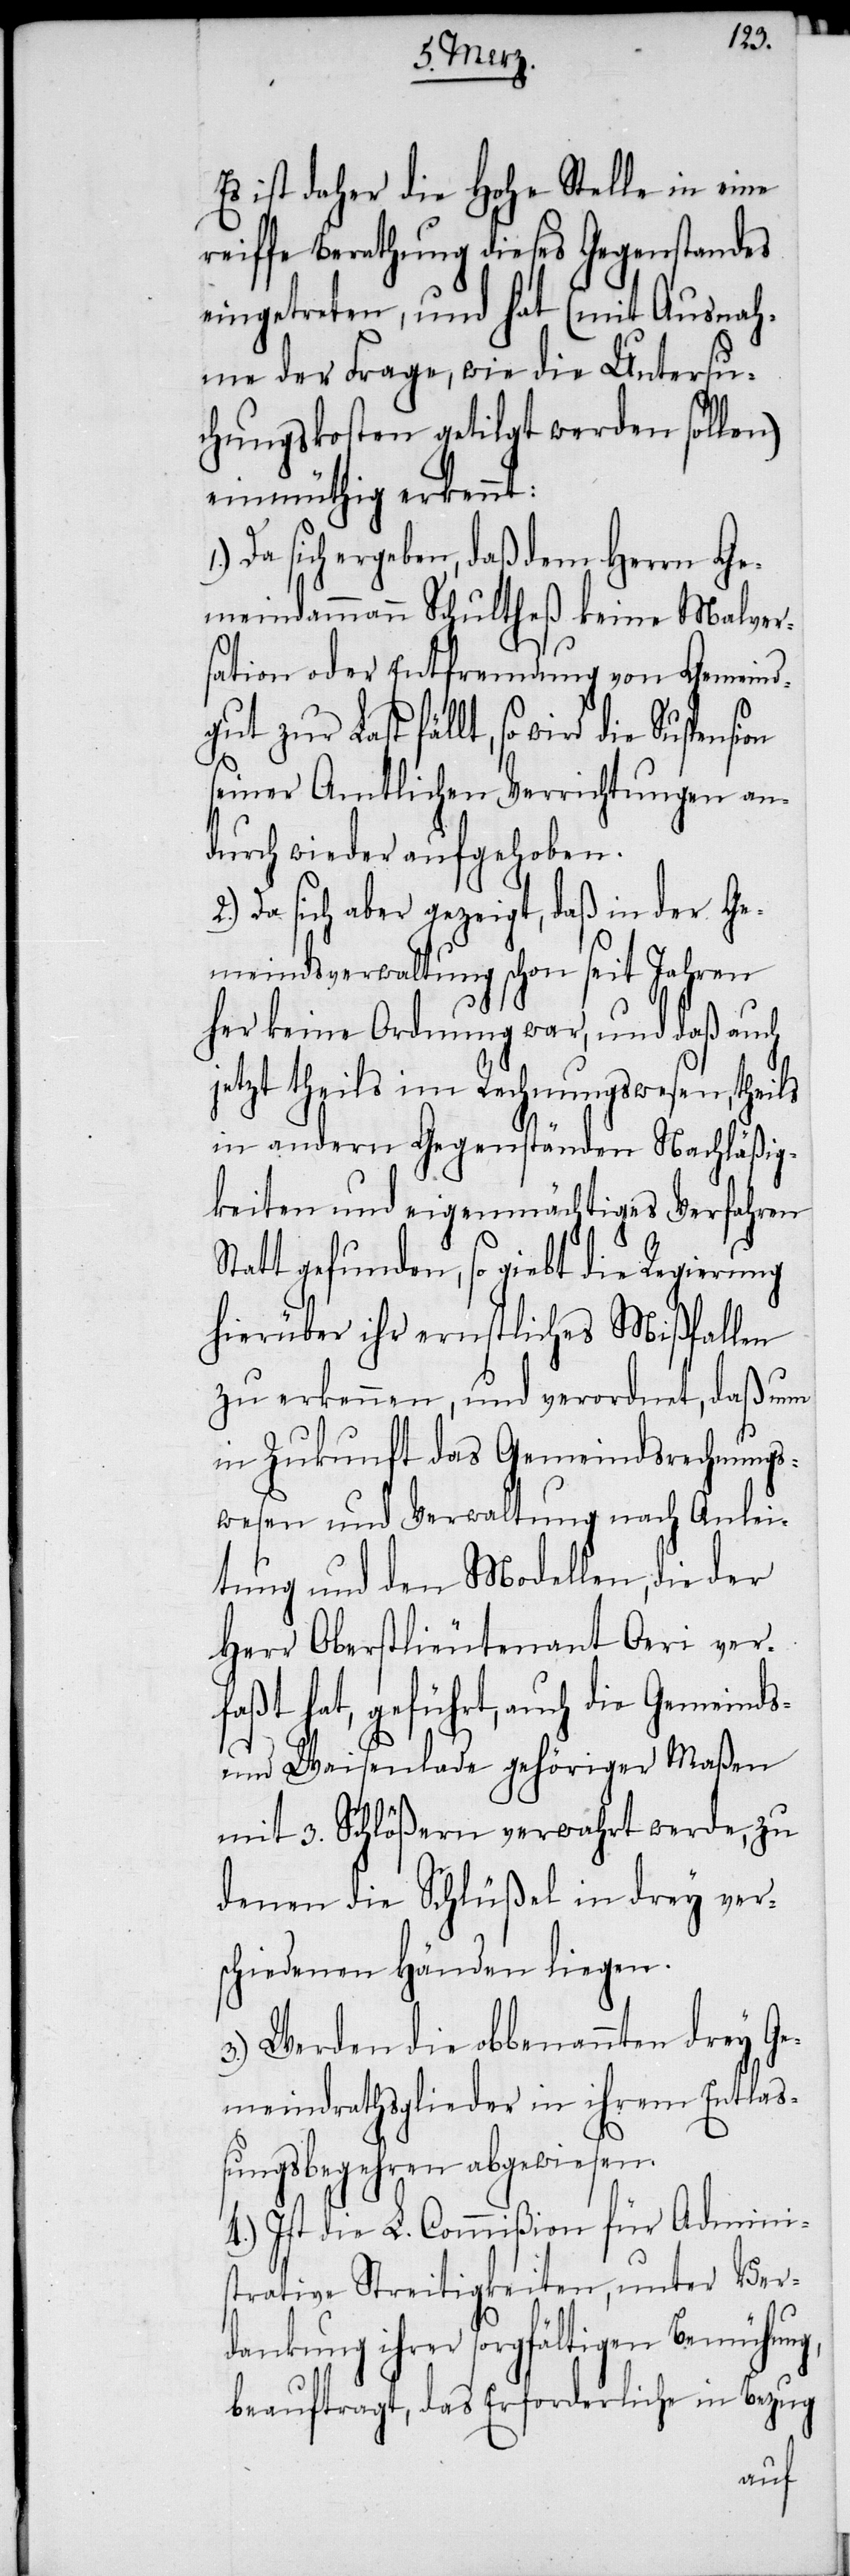
Es ist daher die Hohe Stelle in eine
reiffe Berathung dieses Gegenstandes
eingetreten, und hat (mit Ausnah¬
me der Frage, wie die Untersu¬
chungskosten getilgt werden sollen)
einmüthig erkennt:
Da sich ergeben, daß dem Herrn Ge¬
meindammann Schultheß keine Malver¬
sation oder Entfremdung von Gemeind¬
gut zur Last fällt, so wird die
seiner Amtlichen Verrichtungen an¬
durch wieder aufgehoben.
Da sich aber gezeigt, daß in der Ge¬
meindsverwaltung schon seit Jahren
her keine Ordnung war, und daß auch
jetzt theils im Rechnungswesen, theils
in andern Gegenständen Nachläßig¬
keiten und eigenmächtiges Verfahren
Statt gefunden, so giebt die Regierung
hierüber ihr ernstliches Mißfallen
zu erkennen, und verordnet, daß nun
in Zukunft das Gemeindsrechnungs¬
wesen und Verwaltung nach Anlei¬
tung und den Modellen, die der
Herr Oberstlieutenant Oeri ver¬
faßt hat, geführt, auch die Gemeinds-
und Waisenlade gehöriger Maßen
mit 3. Schlößern verwahrt werde, zu
denen die Schlüßel in drey vers¬
chiedenen Händen liegen.
3.) Werden die obbenannten drey Ge¬
meindrathsglieder in ihrem Entlaß¬
ungsbegehren abgewiesen.
4.) Ist die L. Commißion für Adminis¬
trative Streitigkeiten, unter Ver¬
dankung ihrer sorgfältigen Bemühung,
beauftragt, das Erforderliche in Bezug